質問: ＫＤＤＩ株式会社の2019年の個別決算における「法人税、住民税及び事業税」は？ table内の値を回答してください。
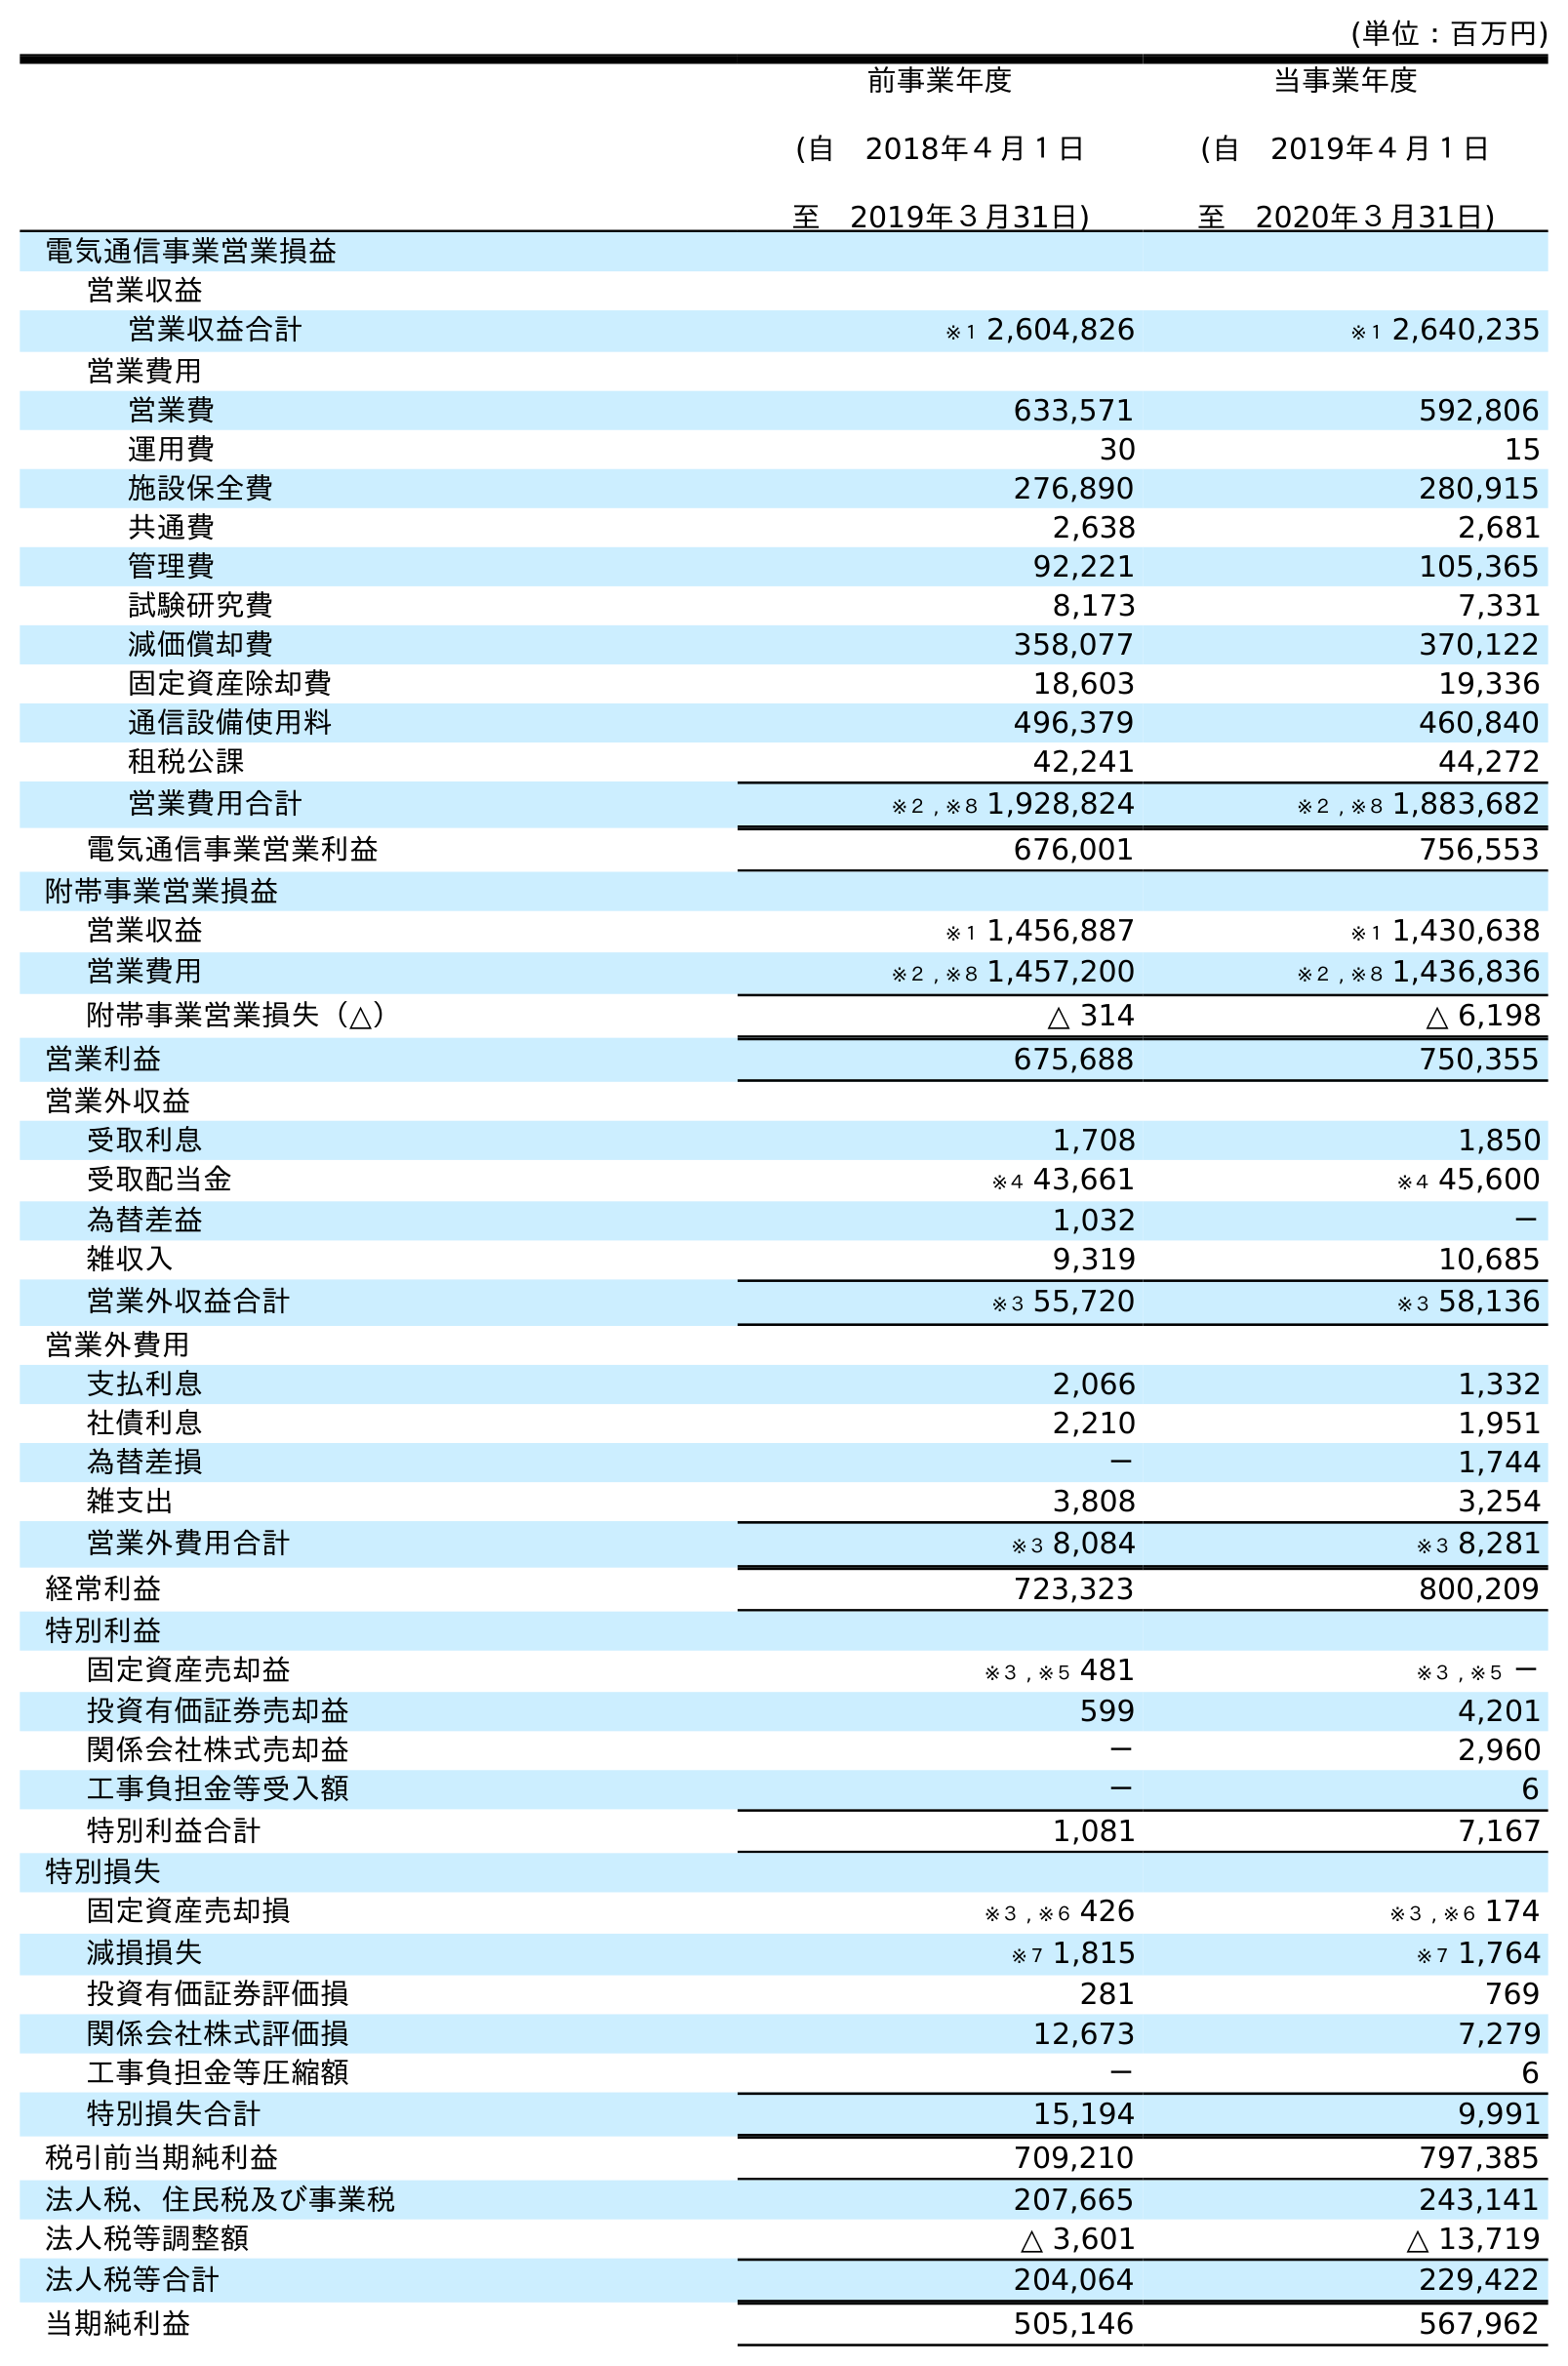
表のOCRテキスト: (単位：百万円) 前事業年度 (自 2018年４月１日 至 2019年３月31日) 当事業年度 (自 2019年４月１日 至 2020年３月31日) 電気通信事業営業損益 営業収益 営業収益合計 ※１ 2,604,826 ※１ 2,640,235 営業費用 営業費 633,571 592,806 運用費 30 15 施設保全費 276,890 280,915 共通費 2,638 2,681 管理費 92,221 105,365 試験研究費 8,173 7,331 減価償却費 358,077 370,122 固定資産除却費 18,603 19,336 通信設備使用料 496,379 460,840 租税公課 42,241 44,272 営業費用合計 ※２ , ※８ 1,928,824 ※２ , ※８ 1,883,682 電気通信事業営業利益 676,001 756,553 附帯事業営業損益 営業収益 ※１ 1,456,887 ※１ 1,430,638 営業費用 ※２ , ※８ 1,457,200 ※２ , ※８ 1,436,836 附帯事業営業損失（△） △ 314 △ 6,198 営業利益 675,688 750,355 営業外収益 受取利息 1,708 1,850 受取配当金 ※４ 43,661 ※４ 45,600 為替差益 1,032 － 雑収入 9,319 10,685 営業外収益合計 ※３ 55,720 ※３ 58,136 営業外費用 支払利息 2,066 1,332 社債利息 2,210 1,951 為替差損 － 1,744 雑支出 3,808 3,254 営業外費用合計 ※３ 8,084 ※３ 8,281 経常利益 723,323 800,209 特別利益 固定資産売却益 ※３ , ※５ 481 ※３ , ※５ － 投資有価証券売却益 599 4,201 関係会社株式売却益 － 2,960 工事負担金等受入額 － 6 特別利益合計 1,081 7,167 特別損失 固定資産売却損 ※３ , ※６ 426 ※３ , ※６ 174 減損損失 ※７ 1,815 ※７ 1,764 投資有価証券評価損 281 769 関係会社株式評価損 12,673 7,279 工事負担金等圧縮額 － 6 特別損失合計 15,194 9,991 税引前当期純利益 709,210 797,385 法人税、住民税及び事業税 207,665 243,141 法人税等調整額 △ 3,601 △ 13,719 法人税等合計 204,064 229,422 当期純利益 505,146 567,962
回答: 207,665